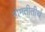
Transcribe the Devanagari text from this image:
गोमतीतीर्थ